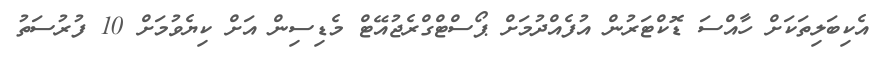
އެކިބަލިތަކަށް ހާއްސަ ޑޮކްޓަރުން އުފެއްދުމަށް ޕޯސްޓްގްރެޖުއޭޓް މެޑިސިން އަށް ކިޔެވުމަށް 10 ފުރުސަތު